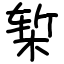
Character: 椠